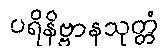
ပရိနိဗ္ဗာနသုတ္တံ